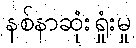
နစ်နာဆုံးရှုံးမှု